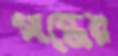
গান্ধের